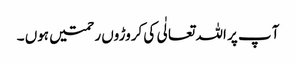
آ پ پر اللہ تعالٰی کی کروڑوں رحمتیں ہوں ۔